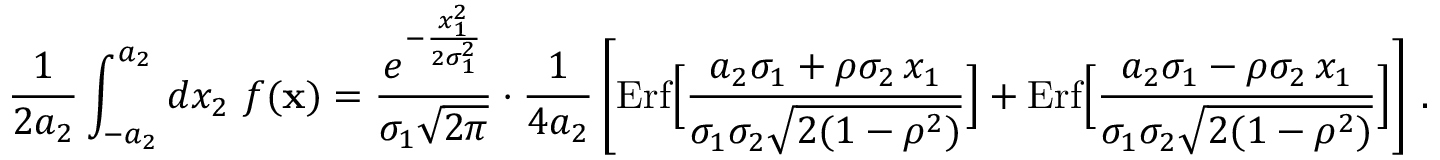
{ \frac { 1 } { 2 a _ { 2 } } } \int _ { - a _ { 2 } } ^ { a _ { 2 } } d x _ { 2 } \ f ( { \bf x } ) = { \frac { e ^ { - { \frac { x _ { 1 } ^ { 2 } } { 2 \sigma _ { 1 } ^ { 2 } } } } } { \sigma _ { 1 } \sqrt { 2 \pi } } } \cdot { \frac { 1 } { 4 a _ { 2 } } } \left[ \mathrm { E r f } \Big [ { \frac { a _ { 2 } \sigma _ { 1 } + \rho \sigma _ { 2 } \, x _ { 1 } } { \sigma _ { 1 } \sigma _ { 2 } \sqrt { 2 ( 1 - \rho ^ { 2 } ) } } } \Big ] + \mathrm { E r f } \Big [ { \frac { a _ { 2 } \sigma _ { 1 } - \rho \sigma _ { 2 } \, x _ { 1 } } { \sigma _ { 1 } \sigma _ { 2 } \sqrt { 2 ( 1 - \rho ^ { 2 } ) } } } \Big ] \right] \, .